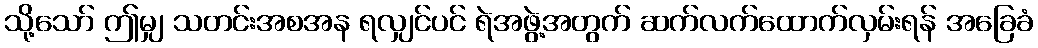
သို့သော် ဤမျှ သတင်းအစအန ရလျှင်ပင် ရဲအဖွဲ့အတွက် ဆက်လက်ထောက်လှမ်းရန် အခြေခံ